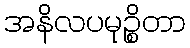
အနိလပမုဉ္စိတာ